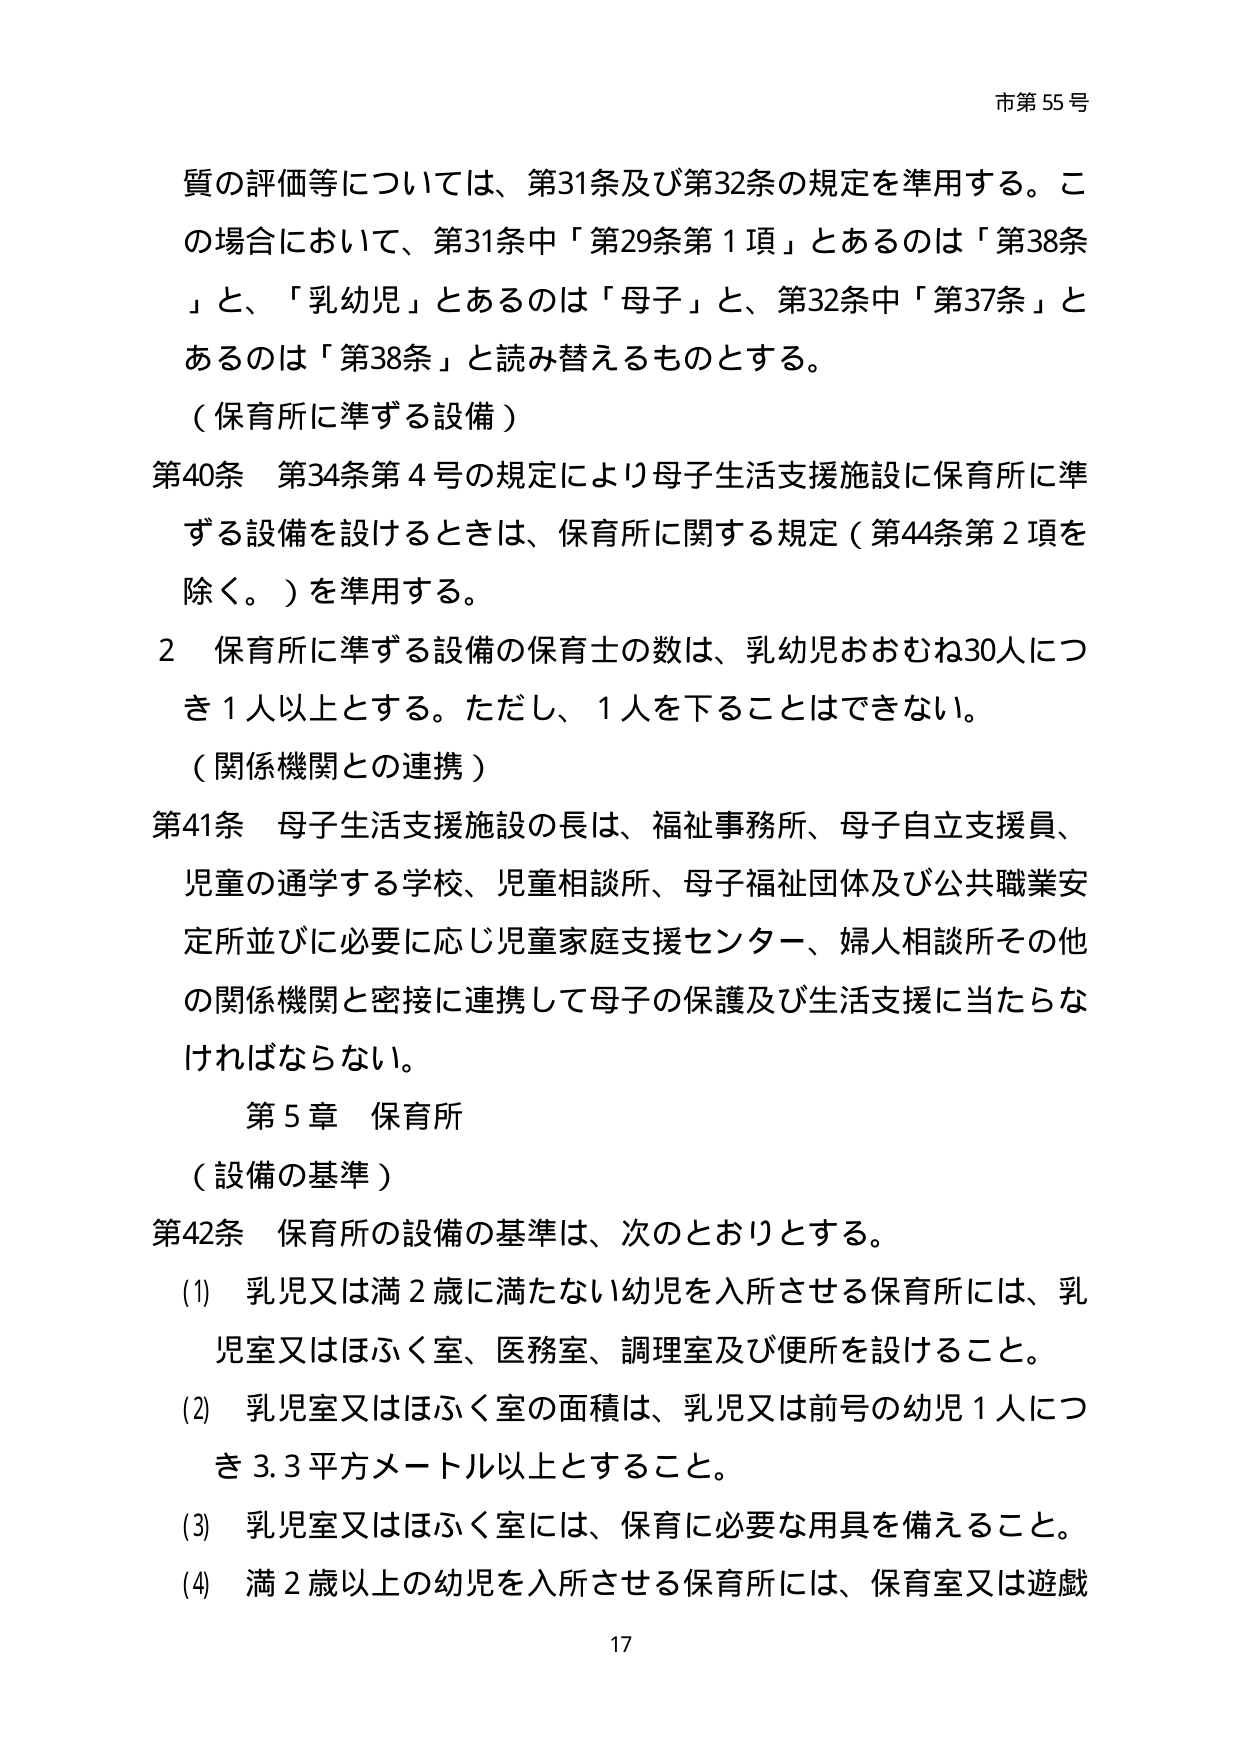
市第55号

質の評価等については、第31条及び第32条の規定を準用する。この場合において、第31条中「第29条第1項」とあるのは「第38条」と、「乳幼児」とあるのは「母子」と、第32条中「第37条」とあるのは「第38条」と読み替えるものとする。

（保育所に準ずる設備）

第40条 第34条第4号の規定により母子生活支援施設に保育所に準ずる設備を設けるときは、保育所に関する規定（第44条第2項を除く。）を準用する。

2 保育所に準ずる設備の保育士の数は、乳幼児おおむね30人につき1人以上とする。ただし、1人を下ることはできない。

（関係機関との連携）

第41条 母子生活支援施設の長は、福祉事務所、母子自立支援員、児童の通学する学校、児童相談所、母子福祉団体及び公共職業安定所並びに必要に応じ児童家庭支援センター、婦人相談所その他の関係機関と密接に連携して母子の保護及び生活支援に当たらなければならない。

第5章 保育所

（設備の基準）

第42条 保育所の設備の基準は、次のとおりとする。

(1) 乳児又は満2歳に満たない幼児を入所させる保育所には、乳児室又はほふく室、医務室、調理室及び便所を設けること。

(2) 乳児室又はほふく室の面積は、乳児又は前号の幼児1人につき3.3平方メートル以上とすること。

(3) 乳児室又はほふく室には、保育に必要な用具を備えること。

(4) 満2歳以上の幼児を入所させる保育所には、保育室又は遊戯

17